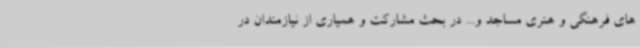
های فرهنگی و هنری مساجد و... در بحث مشارکت و همیاری از نیازمندان در